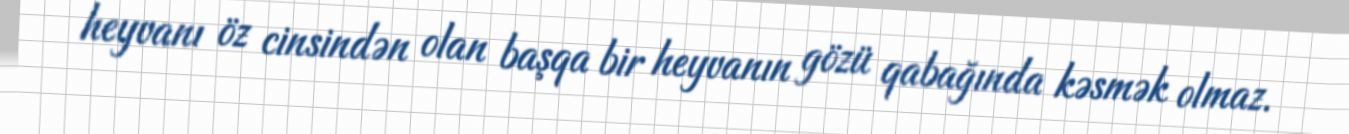
heyvanı öz cinsindən olan başqa bir heyvanın gözü qabağında kəsmək olmaz.